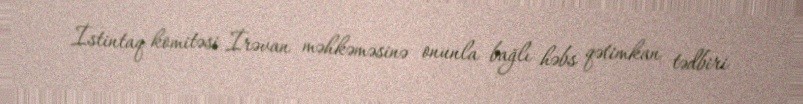
İstintaq komitəsi İrəvan məhkəməsinə onunla bağlı həbs qətimkan tədbiri